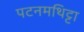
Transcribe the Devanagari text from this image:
पटनमथिट्टा